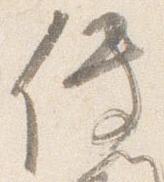
伝